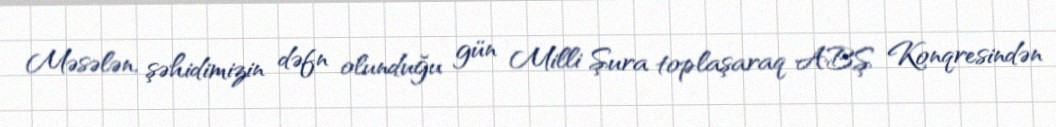
Məsələn, şəhidimizin dəfn olunduğu gün Milli Şura toplaşaraq ABŞ Konqresindən